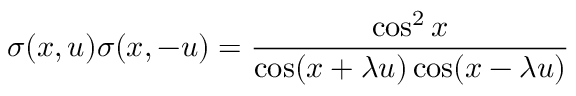
\sigma ( x , u ) \sigma ( x , - u ) = \frac { \cos ^ { 2 } x } { \cos ( x + \lambda u ) \cos ( x - \lambda u ) }